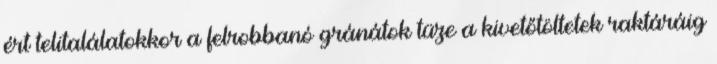
ért telitalálatokkor a felrobbanó gránátok tüze a kivetőtöltetek raktáráig